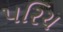
પરિચ